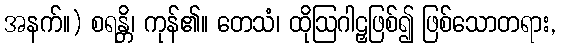
အနက်။) စရန္တိ၊ ကုန်၏။ တေသံ၊ ထိုဩဂါဠှဖြစ်၍ ဖြစ်သောတရား,